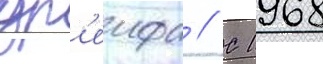
др'еифа // С 1968